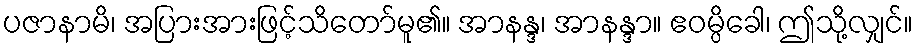
ပဇာနာမိ၊ အပြားအားဖြင့်သိတော်မူ၏။ အာနန္ဒ၊ အာနန္ဒာ။ ဧဝမ္ပိခေါ၊ ဤသို့လျှင်။